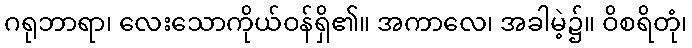
ဂရုဘာရာ၊ လေးသောကိုယ်ဝန်ရှိ၏။ အကာလေ၊ အခါမဲ့၌။ ဝိစရိတုံ၊